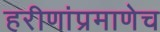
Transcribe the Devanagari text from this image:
हरीणांप्रमाणेच